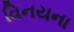
વિનયના